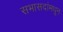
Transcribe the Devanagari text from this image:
सभासदांमधून